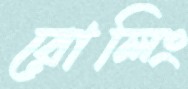
রোলিং